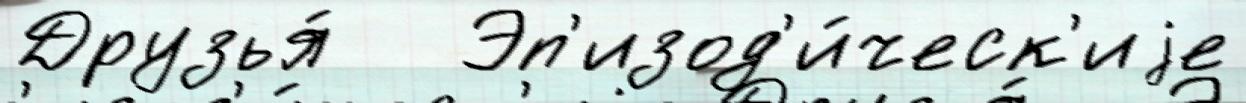
Друзья́   Эп'изод'и́ческ'иjе